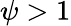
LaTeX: \psi>1